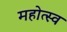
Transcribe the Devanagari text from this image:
महोत्स्व